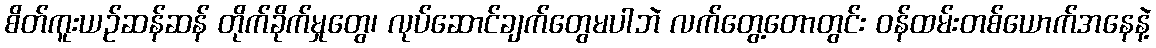
စိတ်ကူးယဉ်ဆန်ဆန် တိုက်ခိုက်မှုတွေ၊ လုပ်ဆောင်ချက်တွေမပါဘဲ လက်တွေ့တောတွင်း ဝန်ထမ်းတစ်ယောက်အနေနဲ့